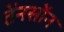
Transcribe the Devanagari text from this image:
तेंनसोंन